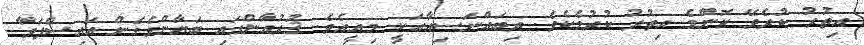
އިތުރު ކުރެވޭ ކޮންމެ އިތުރު ކުރުމެކެވެ. ރިބައްނަސިއާއަކީ މިއީއެވެ. ޤުރުއާންގައި ބަޔާންވެގެން އައިސްފަވާ